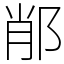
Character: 𨛍